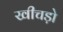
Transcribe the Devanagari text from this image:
खीचड़ो